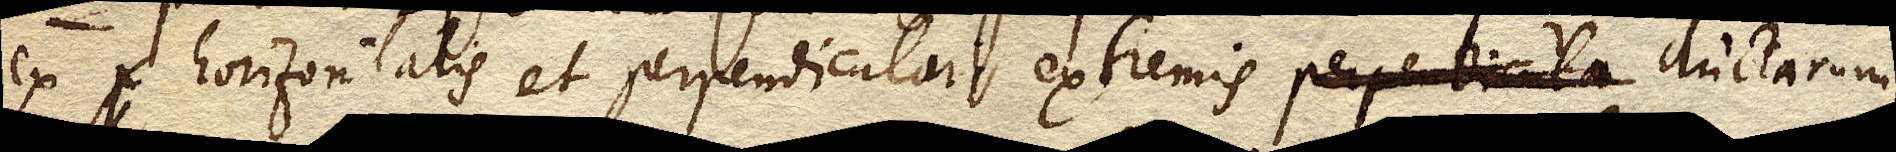
ex p horizontalis et perpendicularis extremis perpendicula ductarum